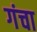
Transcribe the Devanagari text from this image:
गंचा